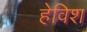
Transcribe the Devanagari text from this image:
हेविश